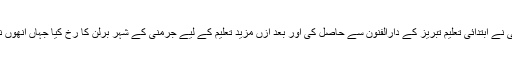
5ستمبر1903کو تبریز (آزربائیجان )میں پیدا ہونے والے تقی ارانی نے ابتدائی تعلیم تبریز کے دارالفنون سے حاصل کی اور بعد ازں مزید تعلیم کے لیے جرمنی کے شہر برلن کا رخ کیا جہاں انھوں نے تعلیمی اخراجات پورے کرنے کے لیے محنت مشقت بھی کی ۔